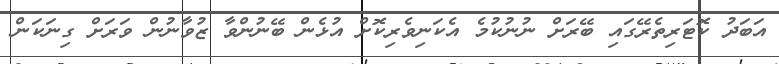
އަބަދު ކޮޓަރިތެރޭގައި ބޭރަށް ނުނުކުމެ އެކަނިވެރިކޮށް އުޅެން ބޭނުންވާ ޒުވާނުން ވަރަށް ގިނަކަން